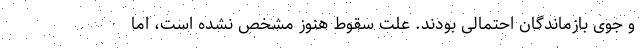
و جوی بازماندگان احتمالی بودند. علت سقوط هنوز مشخص نشده است، اما